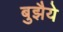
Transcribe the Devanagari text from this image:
बुझैये